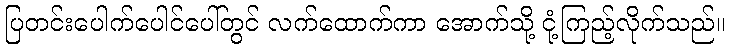
ပြတင်းပေါက်ပေါင်ပေါ်တွင် လက်ထောက်ကာ အောက်သို့ ငုံ့ကြည့်လိုက်သည်။